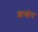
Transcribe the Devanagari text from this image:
शास्त्रेच